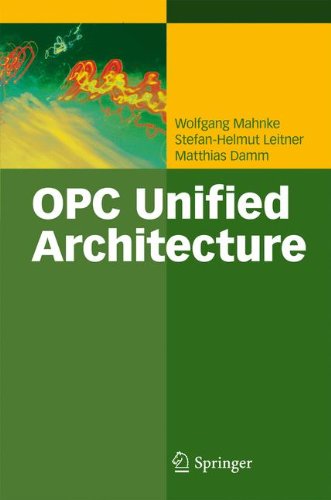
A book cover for OPC Unified Architecture; Wolfgang Mahnke; Computers & Technology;